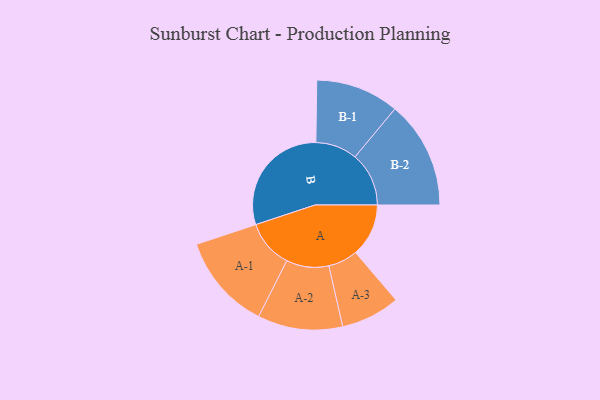
{"axis": {"x": "Segment", "y": "Value"}, "legend": ["", "A", "B"], "data": [{"x": "A", "y": 201, "type": ""}, {"x": "B", "y": 443, "type": ""}, {"x": "A-1", "y": 182, "type": "A"}, {"x": "A-2", "y": 161, "type": "A"}, {"x": "A-3", "y": 112, "type": "A"}, {"x": "B-1", "y": 158, "type": "B"}, {"x": "B-2", "y": 204, "type": "B"}]}